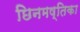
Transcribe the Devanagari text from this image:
छिनमष्तिका